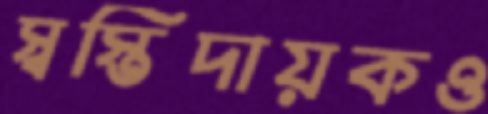
স্বস্তিদায়কও